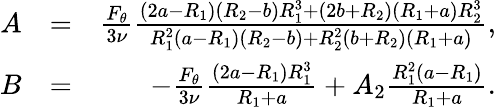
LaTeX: \begin{array}{rlr}{A}&{=}&{\frac{F_{\theta}}{3\nu}\frac{(2a-R_{1})(R_{2}-b)R_{1}^{3}+(2b+R_{2})(R_{1}+a)R_{2}^{3}}{R_{1}^{2}(a-R_{1})(R_{2}-b)+R_{2}^{2}(b+R_{2})(R_{1}+a)},}\\ {B}&{=}&{-\frac{F_{\theta}}{3\nu}\frac{(2a-R_{1})R_{1}^{3}}{R_{1}+a}+A_{2}\frac{R_{1}^{2}(a-R_{1})}{R_{1}+a}.}\end{array}